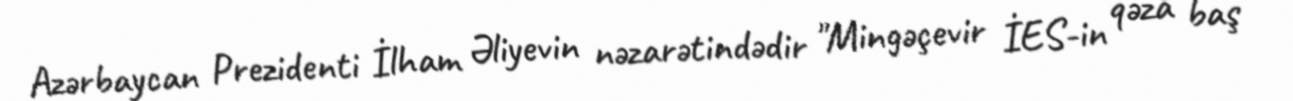
Azərbaycan Prezidenti İlham Əliyevin nəzarətindədir "Mingəçevir İES-in qəza baş